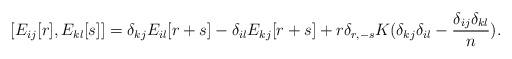
LaTeX: \begin{align*}[E_{ij}[r],E_{kl}[s]]=\delta_{kj}E_{il}[r+s]-\delta_{il}E_{kj}[r+s]+r\delta_{r,-s}K(\delta_{kj}\delta_{il}-\frac{\delta_{ij}\delta_{kl}}{n}).\end{align*}